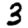
Digit: 3